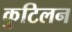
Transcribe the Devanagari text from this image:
कुटिलन